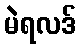
မဲရလဒ်